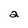
Character: 2